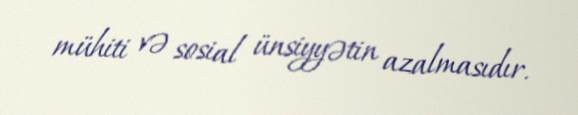
mühiti və sosial ünsiyyətin azalmasıdır.